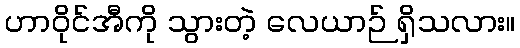
ဟာဝိုင်အီကို သွားတဲ့ လေယာဉ် ရှိသလား။